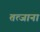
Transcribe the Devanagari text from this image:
तत्जाना